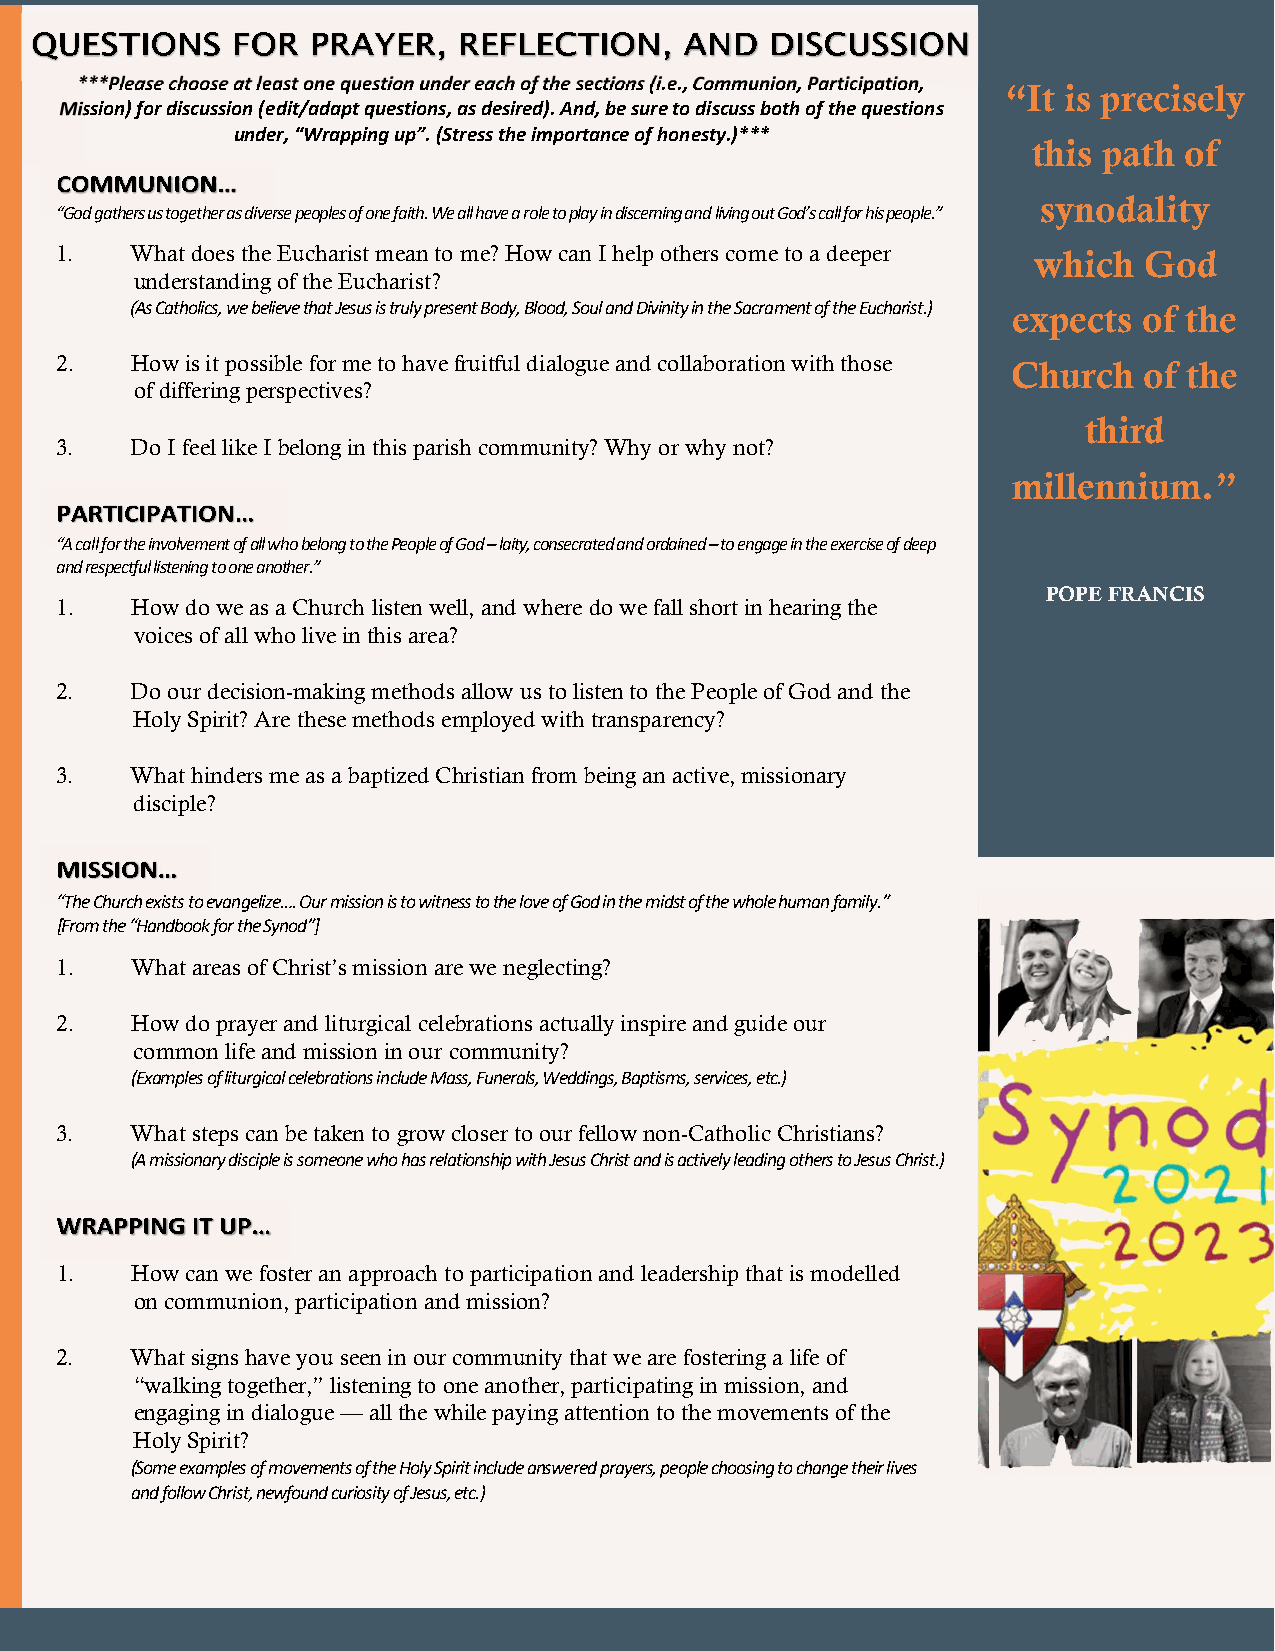
***Please choose at least one question under each of the sections (i.e., Communion, Participation,
 “It is precisely
 Mission) for discussion (edit/adapt questions, as desired). And, be sure to discuss both of the questions
 under, “Wrapping up”. (Stress the importance of honesty.)***
 this path of
 synodality
 “God gathers us together as diverse peoples of one faith. We all have a role to play in discerning and living out God’s call for his people.”
 1.   What does the Eucharist mean to me? How can I help others come to a deeper which God
 understanding of the Eucharist?
 (As Catholics, we believe that Jesus is truly present Body, Blood, Soul and Divinity in the Sacrament of the Eucharist.) expects of the
 2.   How is it possible for me to have fruitful dialogue and collaboration with those Church of the
 of differing perspectives?
 third
 3.   Do I feel like I belong in this parish community?Why or why not?
 millennium.”
 “A call for the involvement of all who belong to the People of God – laity, consecrated and ordained – to engage in the exercise of deep
 and respectful listening to one another.”
 POPE FRANCIS
 1.   How do we as a Church listen well, and where do we fall short in hearing the
 voices of all who live in this area?
 2.   Do our decision-making methods allow us to listen to the People of God and the
 Holy Spirit? Are these methods employed with transparency?
 3.   What hinders me as a baptized Christian from being an active, missionary
 disciple?
 “The Church exists to evangelize…. Our mission is to witness to the love of God in the midst of the whole human family.”
 [From the “Handbook for the Synod”]
 1.   What areas of Christ’s mission are we neglecting?
 2.   How do prayer and liturgical celebrations actually inspire and guide our
 common life and mission in our community?
 (Examples of liturgical celebrations include Mass, Funerals, Weddings, Baptisms, services, etc.)
 3.   What steps can be taken to grow closer to our fellow non-Catholic Christians?
 (A missionary disciple is someone who has relationship with Jesus Christ and is actively leading others to Jesus Christ.)
 1.   How can we foster an approach to participation and leadership that is modelled
 on communion, participation and mission?
 2.   What signs have you seen in our community that we are fostering a life of
 “walking together,” listening to one another, participating in mission, and
 engaging in dialogue — all the while paying attention to the movements of the
 Holy Spirit?
 (Some examples of movements of the Holy Spirit include answered prayers, people choosing to change their lives
 and follow Christ, newfound curiosity of Jesus, etc.)